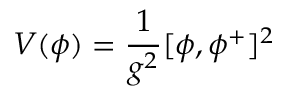
V ( \phi ) = { \frac { 1 } { g ^ { 2 } } } [ \phi , \phi ^ { + } ] ^ { 2 }